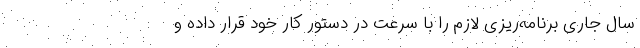
سال جاری برنامه‌ریزی لازم را با سرعت در دستور کار خود قرار داده و